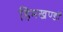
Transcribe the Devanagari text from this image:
हिमखण्डों